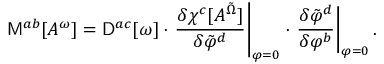
{ \sf M } ^ { a b } [ A ^ { \omega } ] = { \sf D } ^ { a c } [ \omega ] \cdot \left. \frac { \delta \chi ^ { c } [ A ^ { \tilde { \Omega } } ] } { \delta \tilde { \varphi } ^ { d } } \right| _ { \varphi = 0 } \cdot \left. \frac { \delta \tilde { \varphi } ^ { d } } { \delta \varphi ^ { b } } \right| _ { \varphi = 0 } .